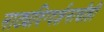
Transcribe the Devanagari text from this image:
नाट्यदिग्दर्शनाचीही